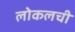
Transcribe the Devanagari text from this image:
लोकलची